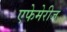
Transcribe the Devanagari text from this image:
एफेमेरीज